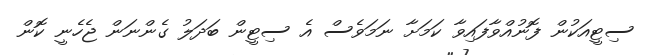
ސިޓީއަކުން ފޮނުއްވާފައިވާ ކަމަށާ ނަމަވެސް އެ ސިޓީން ބަދަލު ގެންނަން ޖެހެނީ ކޮން